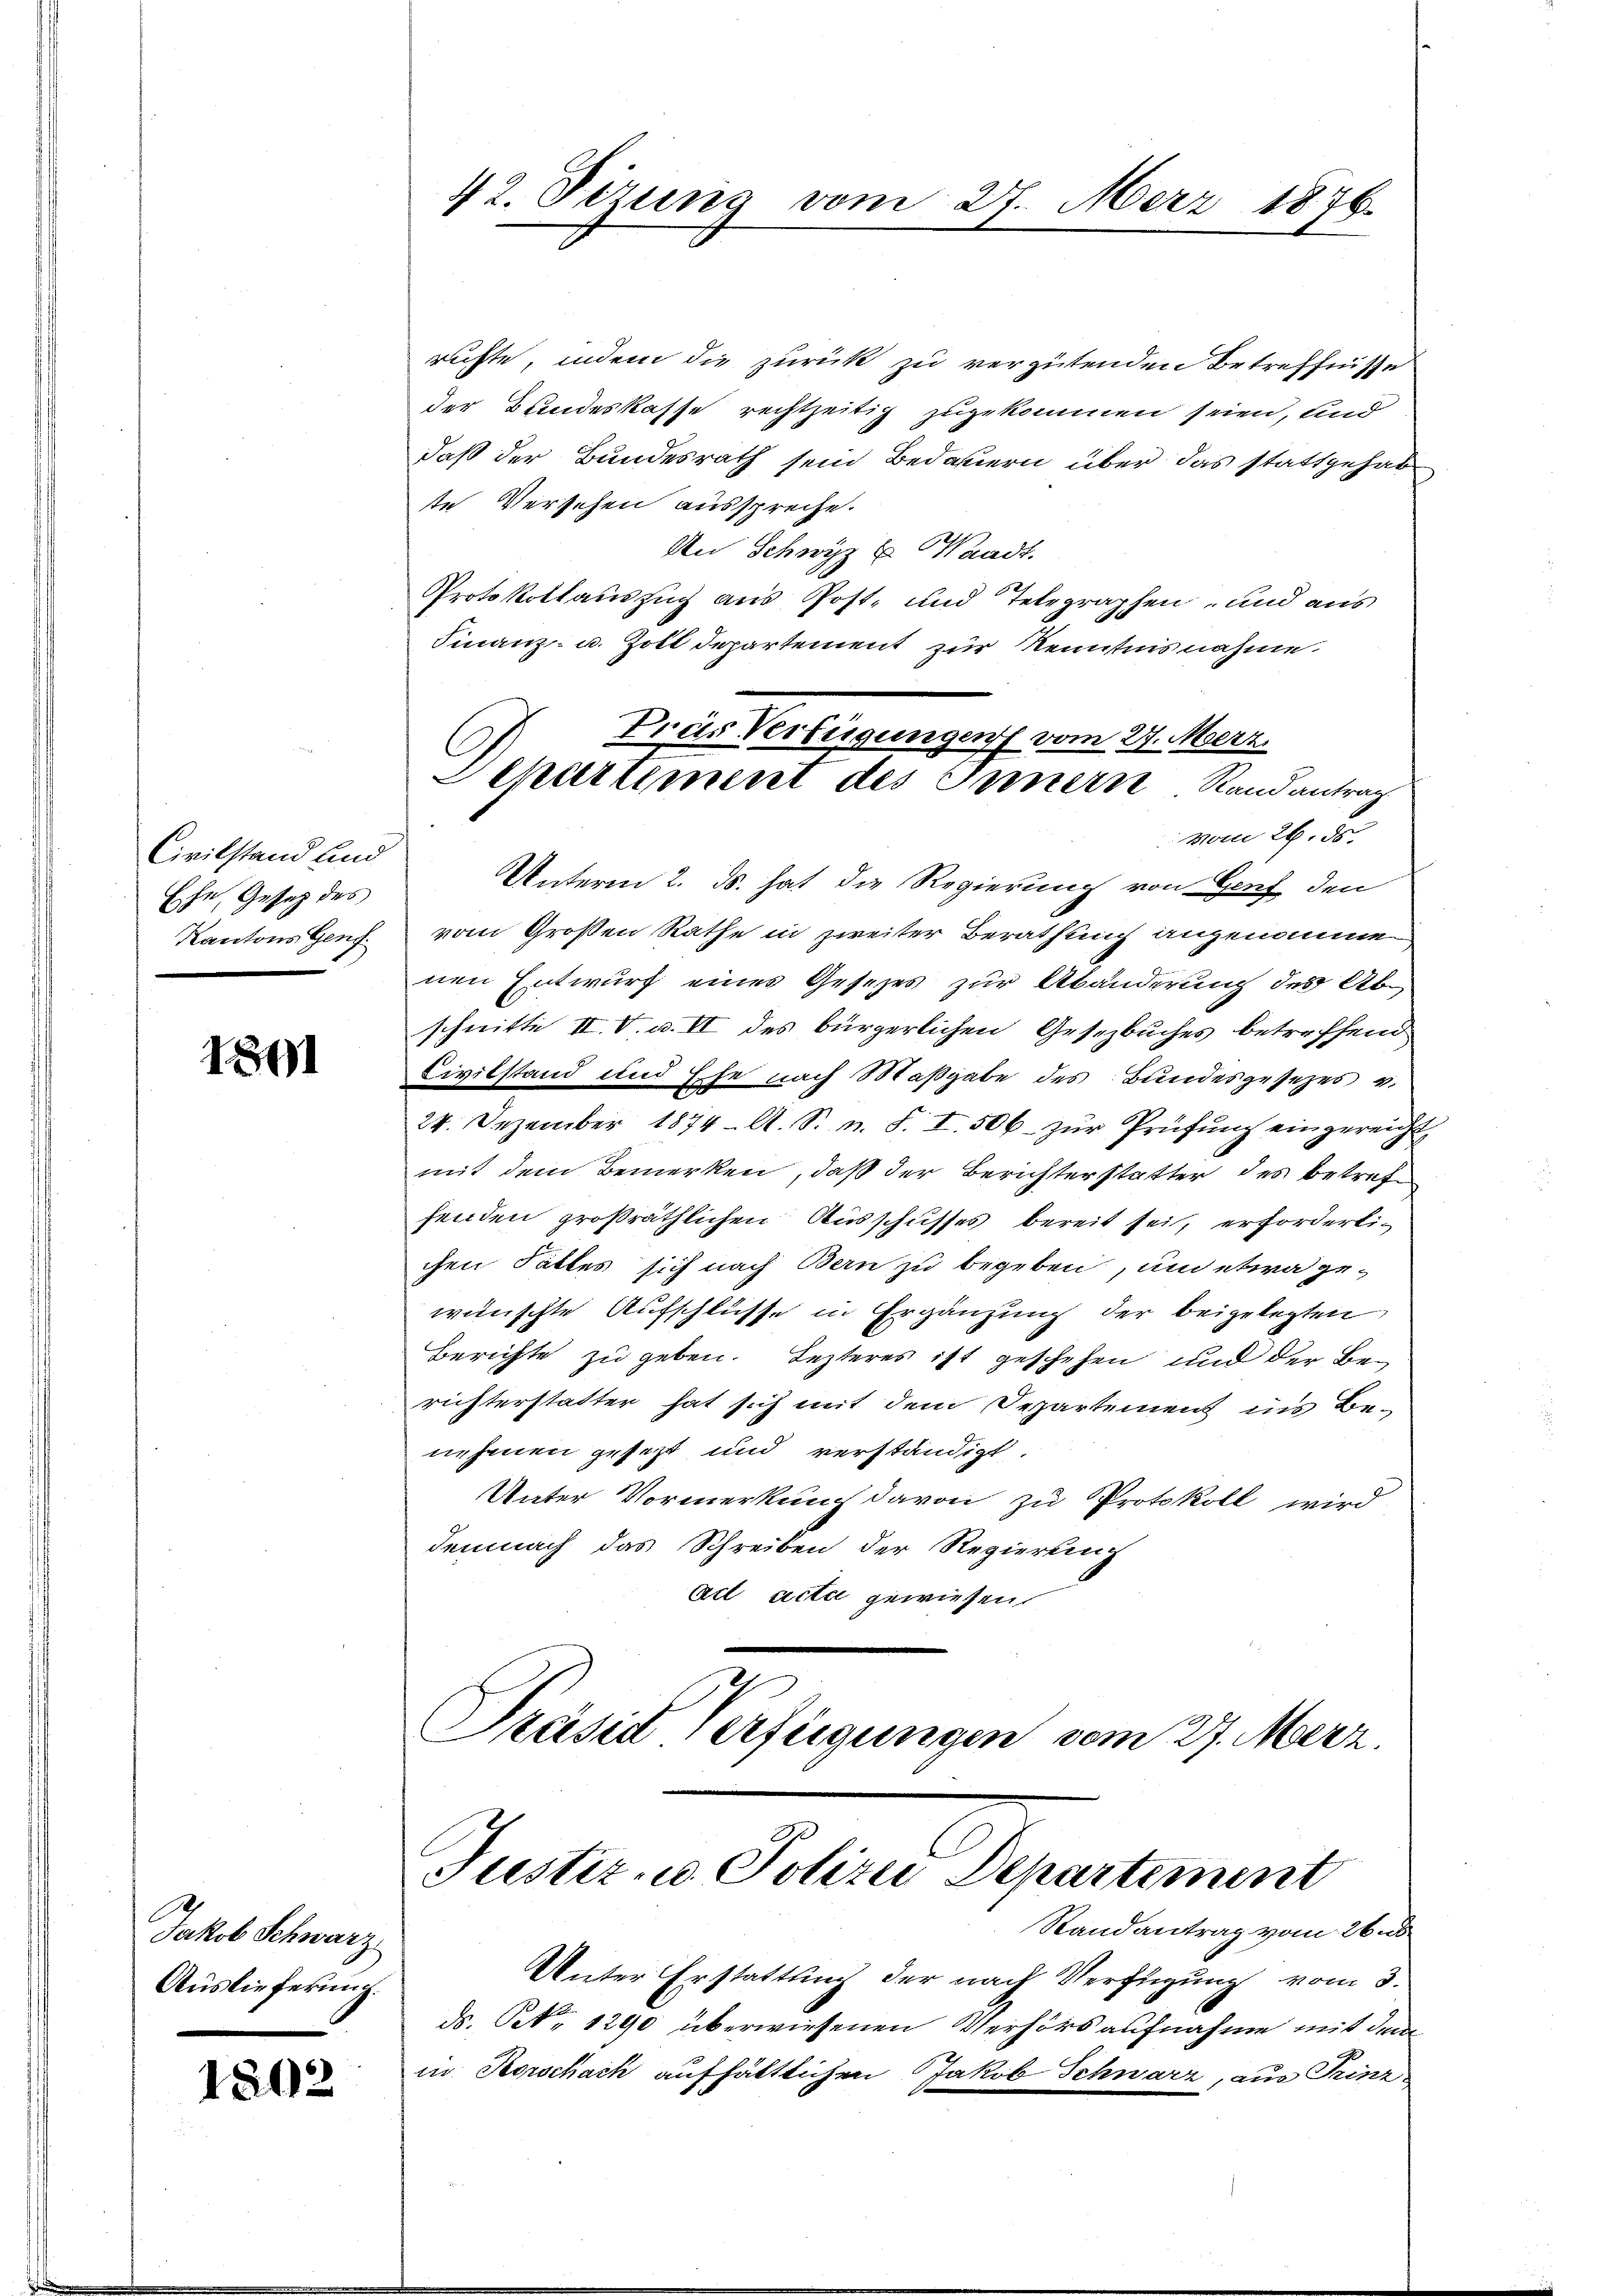
Civilstand und
Ehe, Gesetz des

1891

Jakob Schwarz
Auslieferung.

1502

ruchte, indem die zurück zu vergütenden Betreffnisse
der Bundeskasse rechtzeitig zugekommen seien, und
daß der Bundesrath sein Bedauern über das stattgehabt
ste Versehen ausspreche.
An Schwyz u. Waadt.
Protokollauszug aus Post- und Telegraphen- und aus
Finanz- u. Zoll departement zur Kenntnis nahme.
vom 26. ds.
Unterm 2. ds. hat die Regierung von Genf den
Kantons Genf. vom Großen Rathe in zweiter Berathung angenommen
nen Entwurf eines Gesetzes zur Abänderung des Abschnitte II. V. u. II des bürgerlichen Gesetzbuches betreffend
Civilstand und Ehe nach Maßgabe des Bundesgesezes v.
24. Dezember 1874. A. S. n. F. I. 506. zur Prüfung eingereichmit dem Bemerken, daß der Berichterstatter des betreffenden großräthlichen Ausschusses bereit sei, erforderlichen Falles sich nach Bern zu begeben, und etwa gewünschte Aufschlüsse in Ergänzung der beigelegten
Berichte zu geben. Lezteres ist geschehen und der Berichterstatter hat sich mit dem Departement ins Be-
nehmen gesezt und verständigt.
Unter Vormerkung davon zu Protokoll wird
demnach das Schreiben der Regierung
Act acti gewiesen.
Präsid Verfügungen vom 27. Merz.

42. Sizung vom 27. März 1876.

Pras Verfügungen vom 27. Maerz.
Separtement des Innern Randantrag

Justiz- u. Polizei Departement

Randantrag vom 26.
Unter Erstattung der nach Verfügung vom 3.
ds. S. 1290 überwiesenen Verhörs aufnahme mit dem
in Horschach aufhältlichen Jakob Schwarz, aus Prinz¬